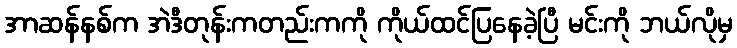
အာဆန်နစ်က အဲဒီတုန်းကတည်းကကို ကိုယ်ထင်ပြနေခဲ့ပြီ မင်းကို ဘယ်လိုမှ